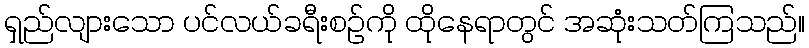
ရှည်လျားသော ပင်လယ်ခရီးစဉ်ကို ထိုနေရာတွင် အဆုံးသတ်ကြသည်။